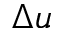
\Delta u